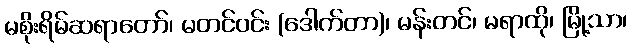
မစိုးရိမ်ဆရာတော်၊ မတင်ဝင်း (ဒေါက်တာ)၊ မန်းတင်၊ မရာထို၊ မြို့သာ၊